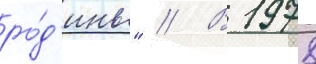
ро́д'ины" // В 1978